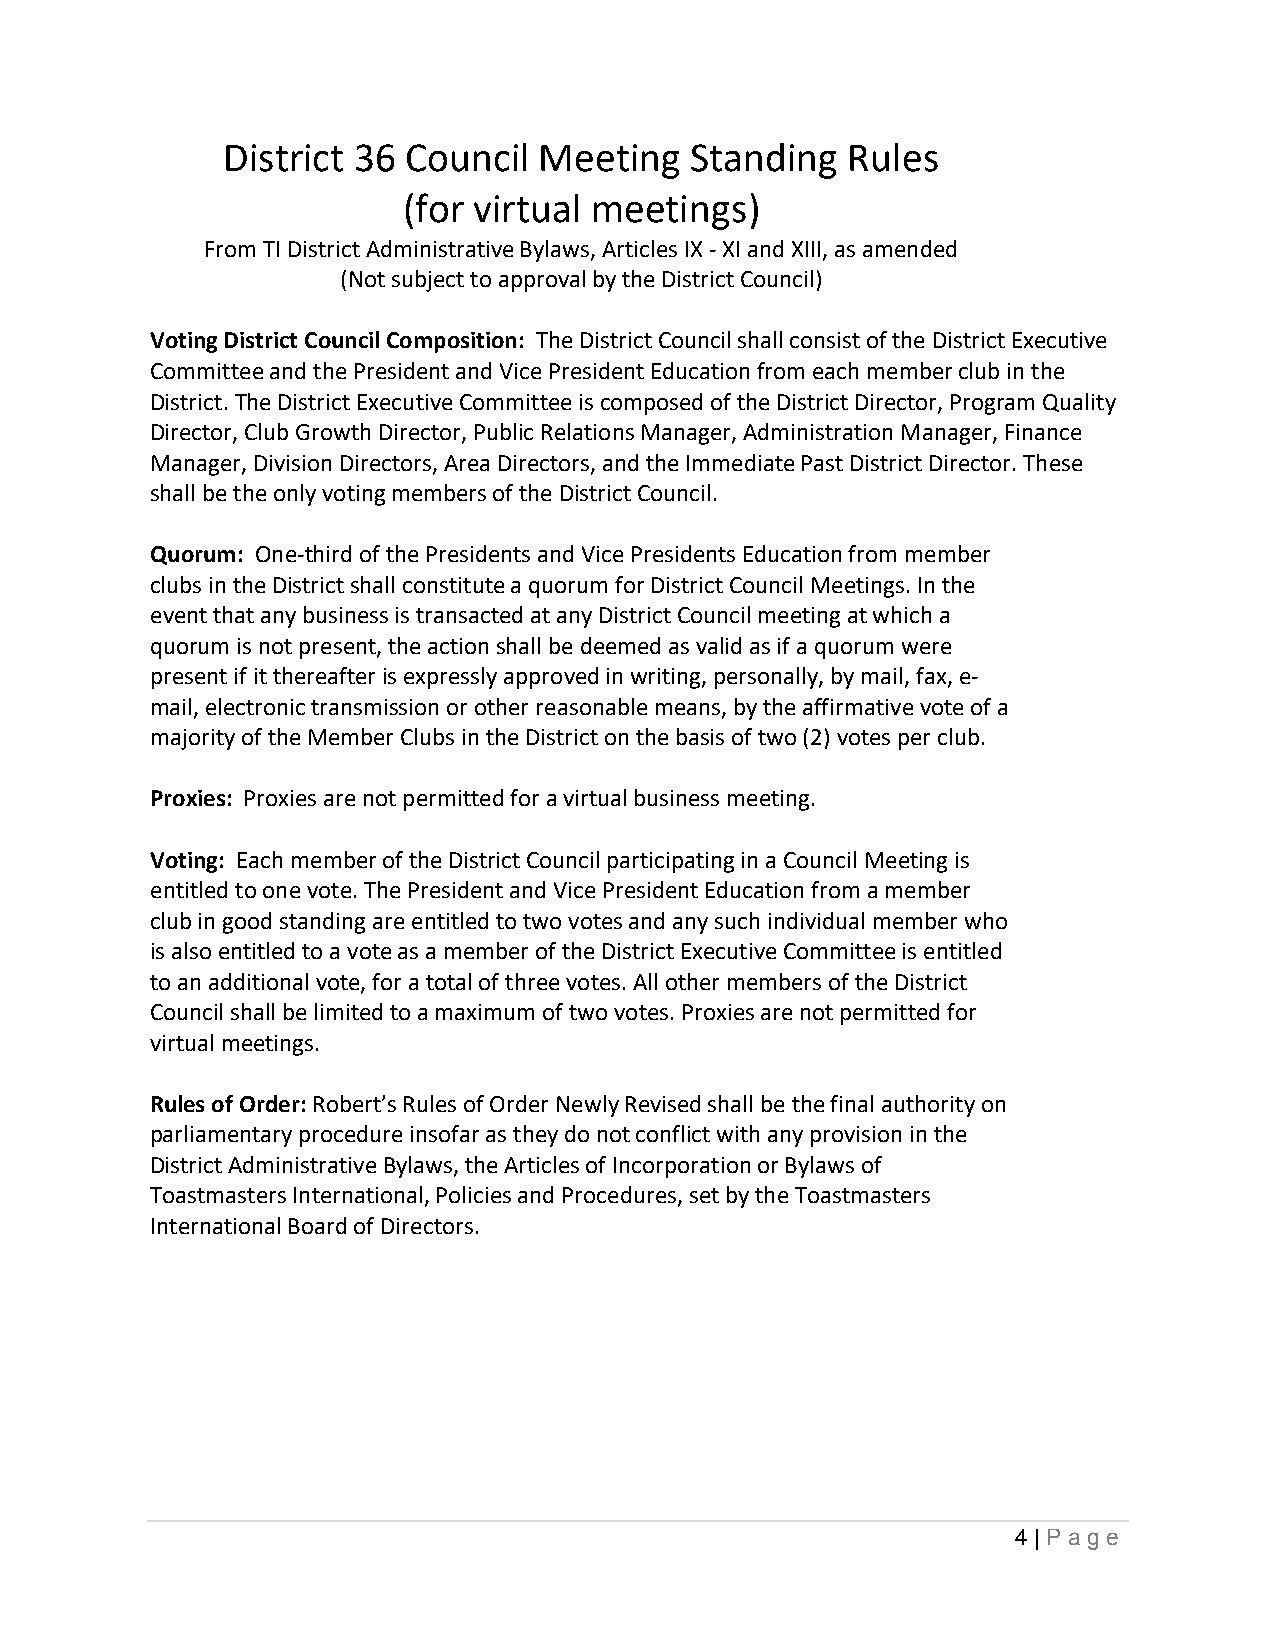
District 36 Council  Meeting   Standing  Rules
 (for virtual meetings)
 From TI District Administrative Bylaws, Articles IX - XI and XIII, as amended
 (Not subject to approval by the District Council)
 Voting District Council Composition: The District Council shall consist of the District Executive
 Committee and the President and Vice President Education from each member club in the
 District. The District Executive Committee is composed of the District Director, Program Quality
 Director, Club Growth Director, Public Relations Manager, Administration Manager, Finance
 Manager, Division Directors, Area Directors, and the Immediate Past District Director. These
 shall be the only voting members of the District Council.
 Quorum: One-third of the Presidents and Vice Presidents Education from member
 clubs in the District shall constitute a quorum for District Council Meetings. In the
 event that any business is transacted at any District Council meeting at which a
 quorum is not present, the action shall be deemed as valid as if a quorum were
 present if it thereafter is expressly approved in writing, personally, by mail, fax, e-
 mail, electronic transmission or other reasonable means, by the affirmative vote of a
 majority of the Member Clubs in the District on the basis of two (2) votes per club.
 Proxies: Proxies are not permitted for a virtual business meeting.
 Voting: Each member of the District Council participating in a Council Meeting is
 entitled to one vote. The President and Vice President Education from a member
 club in good standing are entitled to two votes and any such individual member who
 is also entitled to a vote as a member of the District Executive Committee is entitled
 to an additional vote, for a total of three votes. All other members of the District
 Council shall be limited to a maximum of two votes. Proxies are not permitted for
 virtual meetings.
 Rules of Order: Robert’s Rules of Order Newly Revised shall be the final authority on
 parliamentary procedure insofar as they do not conflict with any provision in the
 District Administrative Bylaws, the Articles of Incorporation or Bylaws of
 Toastmasters International, Policies and Procedures, set by the Toastmasters
 International Board of Directors.
 4 | Pa g e